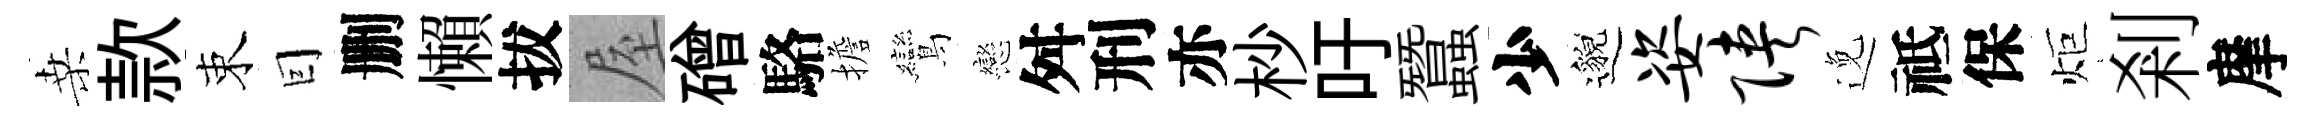
桑款束囙删懶拔屋磳駱擔鸞戀舛刑亦杪吁蠶少邈姿陕𨓜祗保炬剎摩